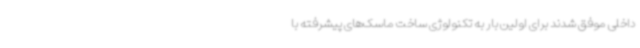
داخلی موفق شدند برای اولین بار به تکنولوژی ساخت ماسک‌های پیشرفته با